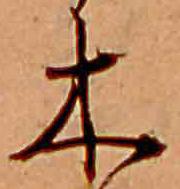
木